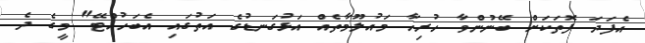
އެފަދަ ފޮތަކަށް ބޭނުންވާ ހުރިހާ މައުލޫމާތެއް އަޅުގަނޑުގެ އަތުގައި އެބަހުއްޓޭ" މީގެ ދެ